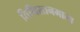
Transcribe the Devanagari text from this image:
तिथिरतनमाला